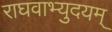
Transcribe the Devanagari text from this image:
राघवाभ्युदयम्